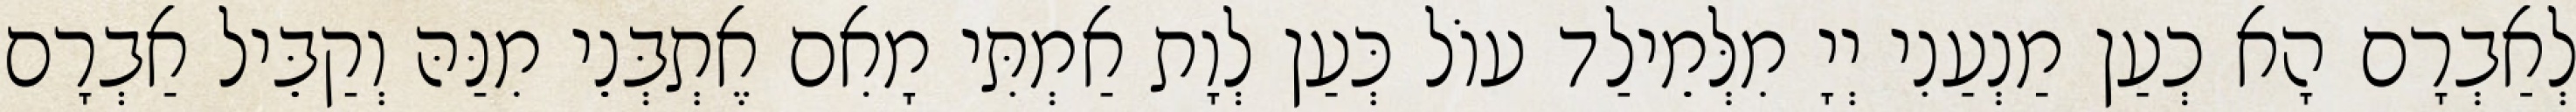
לְאַבְרָם הָא כְעַן מַנְעַנִי יְיָ מִלְּמֵילַד עוֹל כְּעַן לְוָת אַמְתִּי מָאִם אֶתְבְּנֵי מִנַּהּ וְקַבֵּיל אַבְרָם